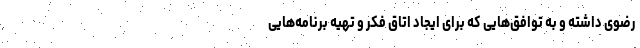
رضوی داشته و به توافق‌هایی که برای ایجاد اتاق فکر و تهیه برنامه‌هایی